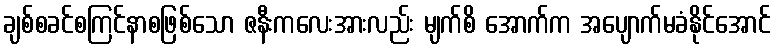
ချစ်စခင်စကြင်နာစဖြစ်သော ဇနီးကလေးအားလည်း မျက်စိ အောက်က အပျောက်မခံနိုင်အောင်